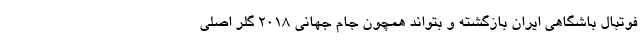
فوتبال باشگاهی ایران بازگشته و بتواند همچون جام جهانی ۲۰۱۸ گلر اصلی